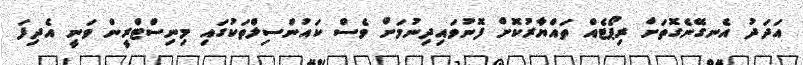
އަދަދު އެނގޭނެގޮތަށް ރިޕޯޓެއް ތައްޔާރުކޮށް ފޮނުވައިދިނުމަށް ވެސް ކައުންސިލްތަކުގައި މިނިސްޓްރީން ވަނީ އެދިފަ